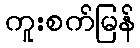
ကူးစက်မြန်